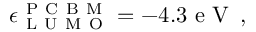
\epsilon _ { \mathrm { ~ L ~ U ~ M ~ O ~ } } ^ { \mathrm { ~ P ~ C ~ B ~ M ~ } } = - 4 . 3 \mathrm { ~ e ~ V ~ } \, ,